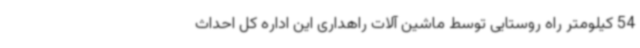
54 کیلومتر راه روستایی توسط ماشین آلات راهداری این اداره کل احداث